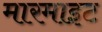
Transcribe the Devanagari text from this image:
मारमाइट